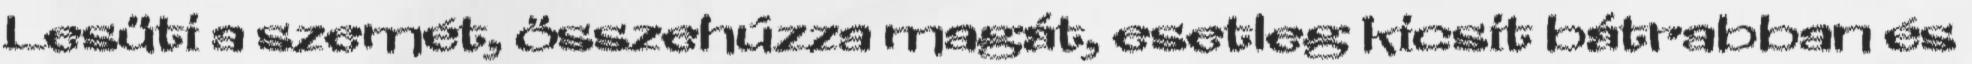
Lesüti a szemét, összehúzza magát, esetleg kicsit bátrabban és